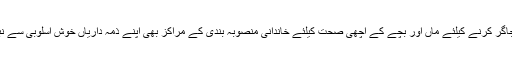
عوام میں شعور اُجاگر کرنے کیلئے ماں اور بچے کے اچھی صحت کیلئے خاندانی منصوبہ بندی کے مراکز بھی اپنے ذمہ داریاں خوش اسلوبی سے نبھا لے رہے ہیں ۔